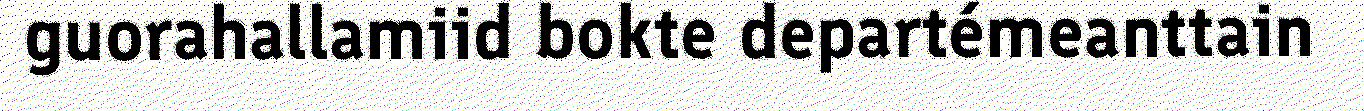
guorahallamiid bokte departémeanttain